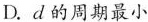
D.d的周期最小